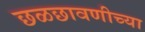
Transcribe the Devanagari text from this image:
छळछावणीच्या